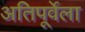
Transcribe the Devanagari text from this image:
अतिपूर्वेला